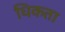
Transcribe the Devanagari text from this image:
धिकता